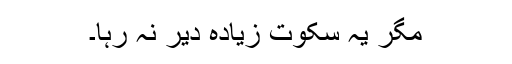
مگر یہ سکوت زیادہ دیر نہ رہا۔